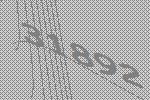
31892